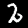
Label: 2